Annual report of the Imperial Bacteriological Laboratory, Muktesar
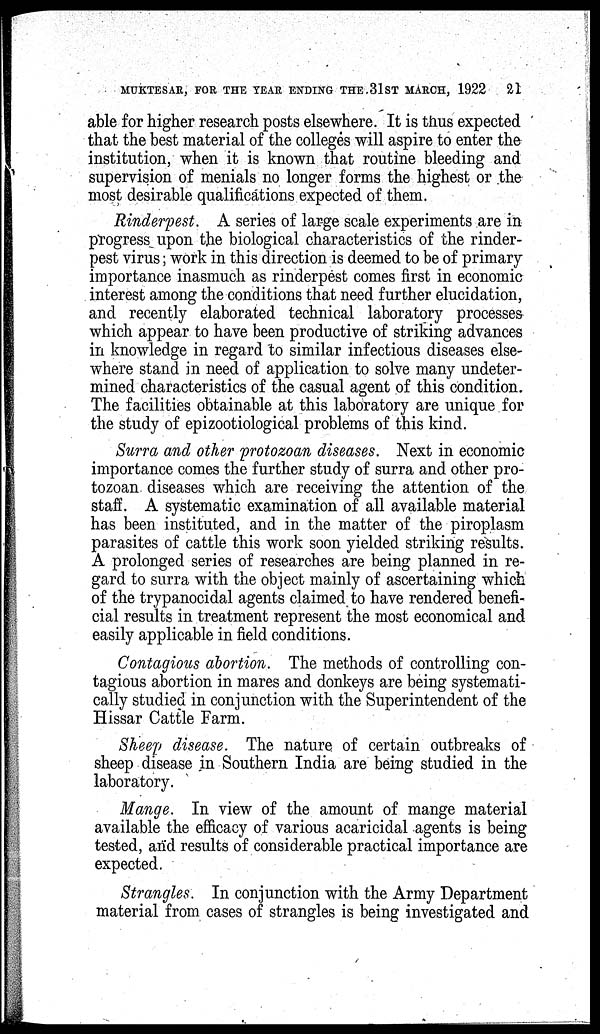
MUKTESAR, FOR THE YEAR ENDING THE 31ST MARCH, 1922
21
able for higher research posts elsewhere. It is thus expected
that the best material of the colleges will aspire to enter the
institution, when it is known that routine bleeding and
supervision of menials no longer forms the highest or the
most desirable qualifications expected of them.
Rinderpest. A series of large scale experiments are in
progress upon the biological characteristics of the rinder-
pest virus ; work in this direction is deemed to be of primary
importance inasmuch as rinderpest comes first in economic
interest among the conditions that need further elucidation,
and recently elaborated technical laboratory processes
which appear to have been productive of striking advances
in knowledge in regard to similar infectious diseases else-
where stand in need of application to solve many undeter-
mined characteristics of the casual agent of this condition.
The facilities obtainable at this laboratory are unique for
the study of epizootiological problems of this kind.
Surra and other protozoan diseases. Next in economic
importance comes the further study of surra and other pro-
tozoan diseases which are receiving the attention of the
staff. A systematic examination of all available material
has been instituted, and in the matter of the piroplasm
parasites of cattle this work soon yielded striking results.
A prolonged series of researches are being planned in re-
gard to surra with the object mainly of ascertaining which
of the trypanocidal agents claimed to have rendered benefi-
cial results in treatment represent the most economical and
easily applicable in field conditions.
Contagious abortion. The methods of controlling con-
tagious abortion in mares and donkeys are being systemati-
cally studied in conjunction with the Superintendent of the
Hissar Cattle Farm.
Sheep disease. The nature of certain outbreaks of
sheep disease in Southern India are being studied in the
laboratory.
Mange. In view of the amount of mange material
available the efficacy of various acaricidal agents is being
tested, and results of considerable practical importance are
expected.
Strangles. In conjunction with the Army Department
material from cases of strangles is being investigated and